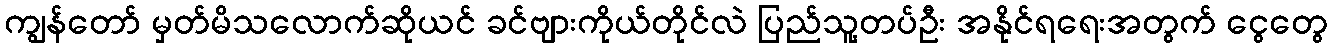
ကျွန်တော် မှတ်မိသလောက်ဆိုယင် ခင်ဗျားကိုယ်တိုင်လဲ ပြည်သူ့တပ်ဦး အနိုင်ရရေးအတွက် ငွေတွေ